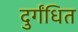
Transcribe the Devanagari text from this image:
दुर्गंधित